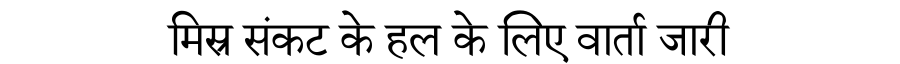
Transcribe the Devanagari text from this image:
मिस्र संकट के हल के लिए वार्ता जारी